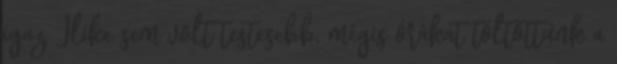
igaz, Ilike sem volt testesebb, mégis órákat töltöttünk a